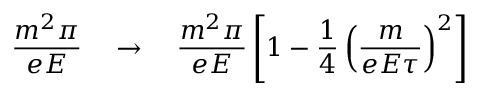
\frac { m ^ { 2 } \pi } { e E } \quad \to \quad \frac { m ^ { 2 } \pi } { e E } \left[ 1 - \frac { 1 } { 4 } \left( \frac { m } { e E \tau } \right) ^ { 2 } \right]